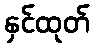
နှင်ထုတ်